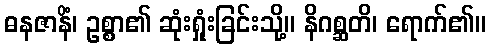
ဓနဇာနိံ၊ ဥစ္စာ၏ ဆုံးရှုံးခြင်းသို့။ နိဂစ္ဆတိ၊ ရောက်၏။